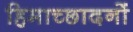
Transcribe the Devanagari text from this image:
हिमाच्छादनों